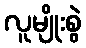
လူမျိုးစွဲ